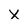
Character: x